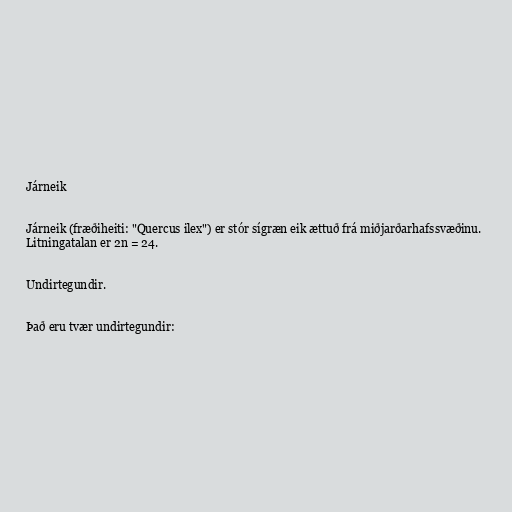
Járneik

Járneik (fræðiheiti: "Quercus ilex") er stór sígræn eik ættuð frá miðjarðarhafssvæðinu.
Litningatalan er 2n = 24.

Undirtegundir.

Það eru tvær undirtegundir: